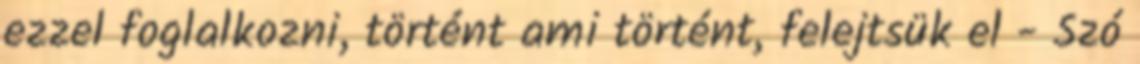
ezzel foglalkozni, történt ami történt, felejtsük el - Szó